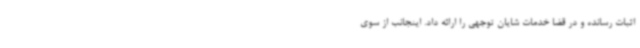
اثبات رسانده و در قضا خدمات شایان توجهی را ارائه داد. اینجانب از سوی